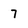
Character: 7